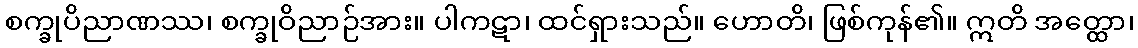
စက္ခုပိညာဏဿ၊ စက္ခုဝိညာဉ်အား။ ပါကဋာ၊ ထင်ရှားသည်။ ဟောတိ၊ ဖြစ်ကုန်၏။ ဣတိ အတ္ထော၊